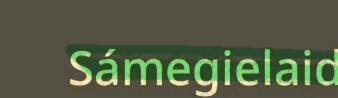
Sámegielaid